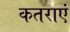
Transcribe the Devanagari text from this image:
कतराएं